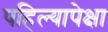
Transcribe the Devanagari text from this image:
पहिल्यापेक्षा